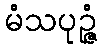
မံသပုဉ္ဇံ